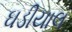
ઘડીયાલ